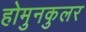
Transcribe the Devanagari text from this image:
होमुनकुलर